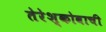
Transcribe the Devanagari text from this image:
तेरेश्कोवाची